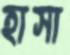
হাসা